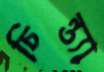
চিন্ত্যা